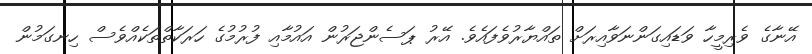
އޭނާގެ ވެރިމީހާ ވަޑައިގަންނަވާއިރަށް ތައްޔާރުވެފައެވެ. އޭރު ޕަސެންޖަރުން އައުމާއި ފުރުމުގެ ހަރަކާތްތަކެއްވެސް ހިނގަމުން